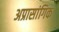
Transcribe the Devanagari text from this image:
अप्रासांगिक